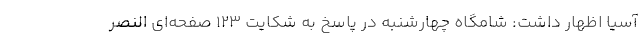
آسیا اظهار داشت: شامگاه چهارشنبه در پاسخ به شکایت ۱۲۳ صفحه‌ای النصر